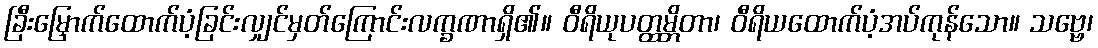
ခြီးမြှောက်ထောက်ပံ့ခြင်းလျှင်မှတ်ကြောင်းလက္ခဏာရှိ၏။ ဝီရိယုပတ္ထမ္ဘိတာ၊ ဝီရိယထောက်ပံ့အပ်ကုန်သော။ သဗ္ဗေ၊